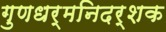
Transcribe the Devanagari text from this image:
गुणधर्मनिदर्शक